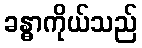
ခန္ဓာကိုယ်သည်